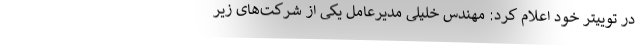
در توییتر خود اعلام کرد: مهندس خلیلی مدیرعامل یکی از شرکت‌های زیر